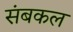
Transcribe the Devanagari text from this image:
संबकल